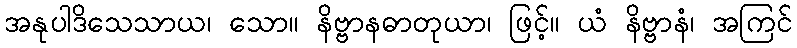
အနုပါဒိသေသာယ၊ သော။ နိဗ္ဗာနဓာတုယာ၊ ဖြင့်။ ယံ နိဗ္ဗာနံ၊ အကြင်